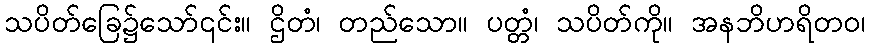
သပိတ်ခြေ၌သော်၎င်း။ ဌိတံ၊ တည်သော။ ပတ္တံ၊ သပိတ်ကို။ အနဘိဟရိတဝ၊